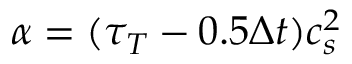
\alpha = ( \tau _ { T } - 0 . 5 \Delta t ) c _ { s } ^ { 2 }